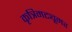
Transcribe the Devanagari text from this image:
कृत्रिमट्यूमर